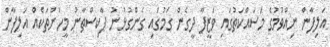
އަލިފާން ނިއްވުމުގެ މަސައްކަތުގައި ވަޒީފާ ދީގެން ގަމުގައި ގެންގުޅުނު ޕާކިސްތާނު މީހުންތަކެއް އަލިފާން